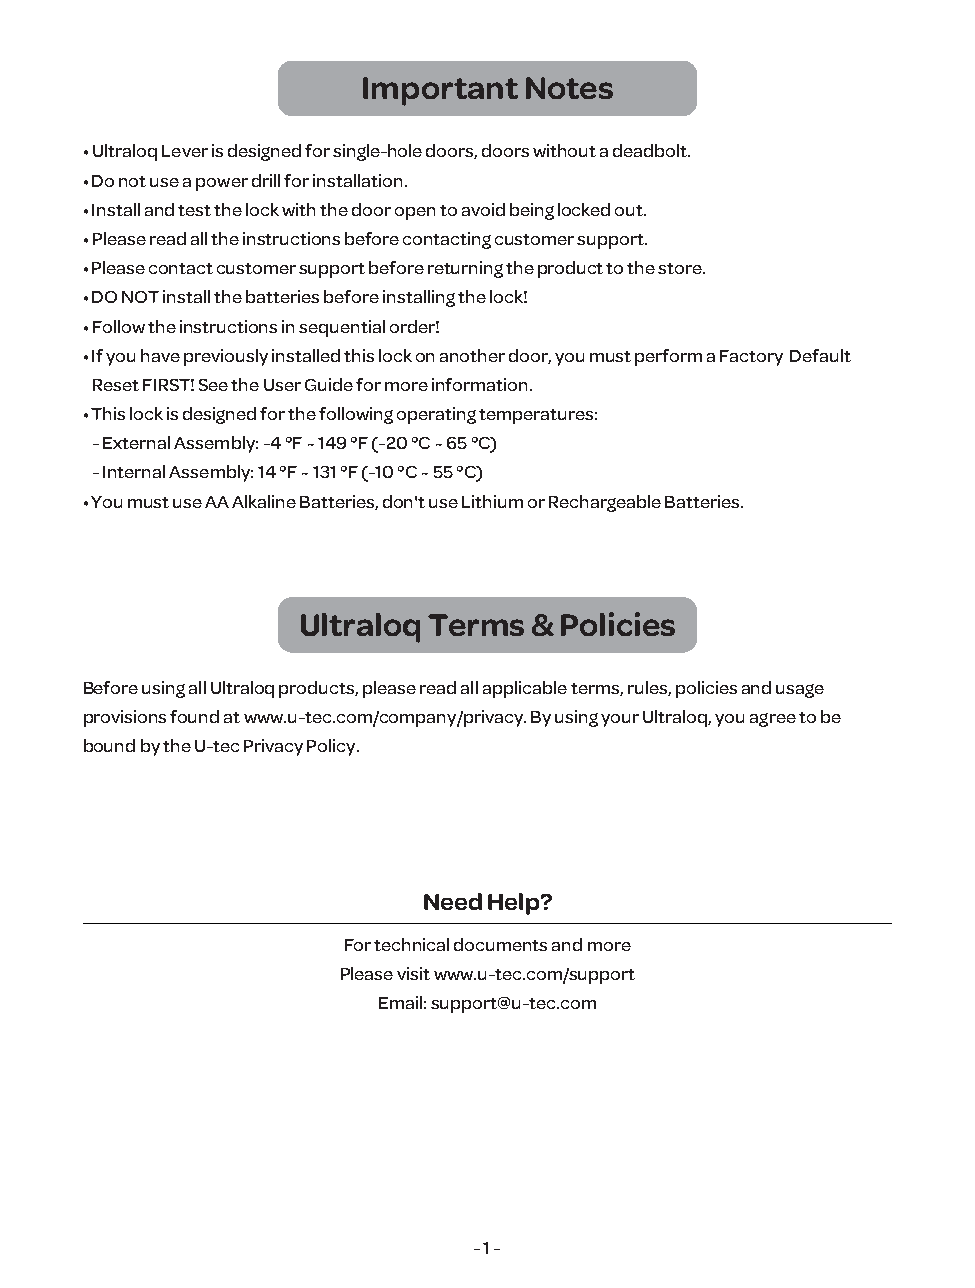
Important  Notes
 • Ultraloq Lever is designed for single-hole doors, doors without a deadbolt.
 • Do not use a power drill for installation.
 • Install and test the lock with the door open to avoid being locked out.
 • Please read all the instructions before contacting customer support.
 • Please contact customer support before returning the product to the store.
 • DO NOT install the batteries before installing the lock!
 • Follow the instructions in sequential order!
 • If you have previously installed this lock on another door, you must perform a Factory Default
 Reset FIRST! See the User Guide for more information.
 • This lock is designed for the following operating temperatures:
 - External Assembly: -4 °F ~ 149 °F (-20 °C ~ 65 °C)
 - Internal Assembly: 14 °F ~ 131 °F (-10 °C ~ 55 °C)
 • You must use AA Alkaline Batteries, don't use Lithium or Rechargeable Batteries.
 Ultraloq Terms & Policies
 Before using all Ultraloq products, please read all applicable terms, rules, policies and usage
 provisions found at www.u-tec.com/company/privacy. By using your Ultraloq, you agree to be
 bound by the U-tec Privacy Policy.
 Need Help?
 For technical documents and more
 Please visit www.u-tec.com/support
 Email: support@u-tec.com
 - 1 -